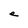
Character: e